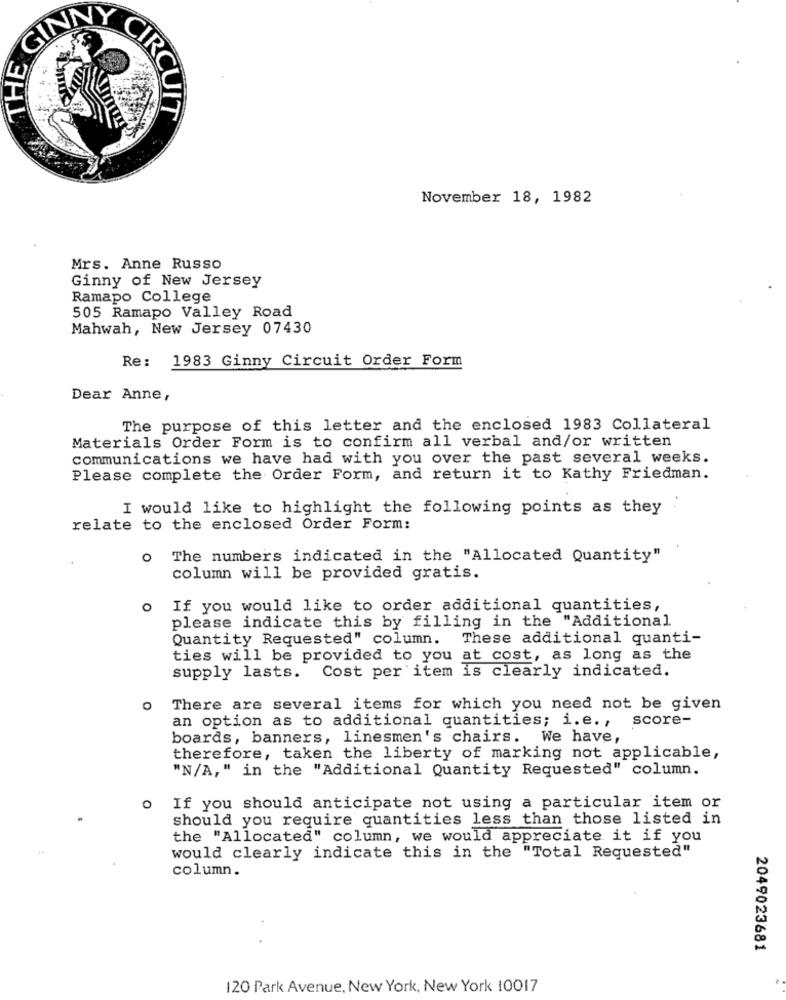
CIRCUIT
November 18, 1982
Mrs. Anne Russo
Ginny of New Jersey
Ramapo College
505 Ramapo Valley Road
Mahwah, New Jersey 07430
Re: 1983 Ginny Circuit Order Form
Dear Anne,
The purpose of this letter and the enclosed 1983 Collateral
Materials Order Form is to confirm all verbal and/or written
communications we have had with you over the past several weeks.
Please complete the Order Form, and return it to Kathy Friedman.
I would like to highlight the following points as they
relate to the enclosed Order Form:
The numbers indicated in the "Allocated Quantity"
column will be provided gratis.
O
If you would like to order additional quantities,
please indicate this by filling in the "Additional
Quantity Requested" column. These additional quanti-
ties will be provided to you at cost, as long as the
Cost per item is clearly indicated.
supply lasts.
O
There are several items for which you need not be given
an option as to additional quantities; i.e ., score-
boards, banners, linesmen's chairs. We have,
therefore, taken the liberty of marking not applicable,
"N/A," in the "Additional Quantity Requested" column.
o If you should anticipate not using a particular item or
should you require quantities less than those listed in
the "Allocated" column, we would appreciate it if you
would clearly indicate this in the "Total Requested"
column.
2049023681
120 Park Avenue, New York, New York 10017